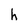
Character: h